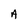
Character: A